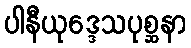
ပါနီယုဒ္ဒေသပုစ္ဆနာ